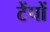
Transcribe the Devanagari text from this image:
टेंपों